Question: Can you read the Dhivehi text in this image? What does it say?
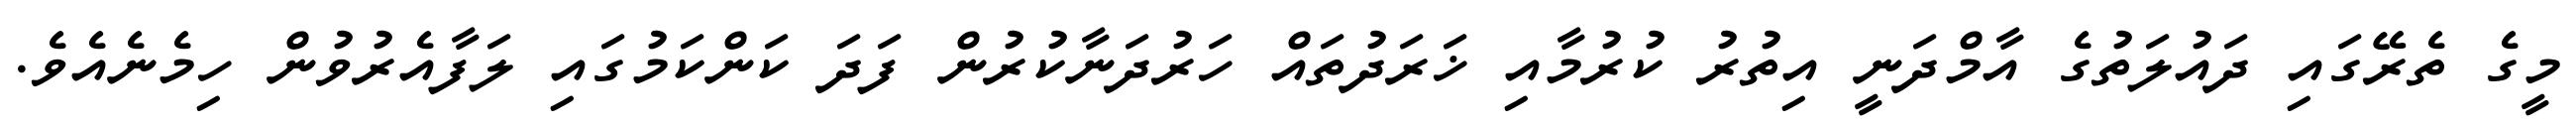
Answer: މީގެ ތެރޭގައި ދައުލަތުގެ އާމްދަނީ އިތުރު ކުރުމާއި ޚަރަދުތައް ހަރުދަނާކުރުން ފަދަ ކަންކަމުގައި ލަފާއެރުވުން ހިމެނެއެވެ.